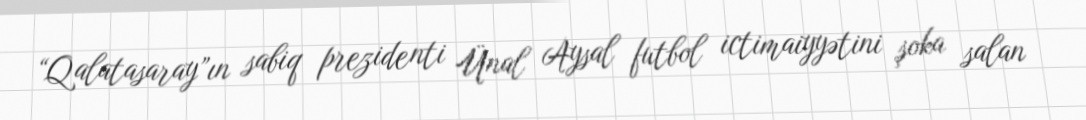
“Qalatasaray”ın sabiq prezidenti Ünal Aysal futbol ictimaiyyətini şoka salan